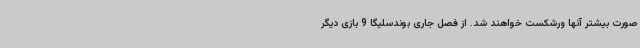
صورت بیشتر آنها ورشکست خواهند شد. از فصل جاری بوندسلیگا 9 بازی دیگر